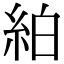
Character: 絈